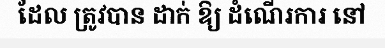
ដែល ត្រូវបាន ដាក់ ឱ្យ ដំណើរការ នៅ